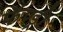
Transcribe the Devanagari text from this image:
फॅण्ड्री